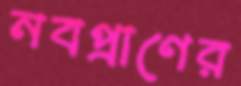
নবপ্রাণের